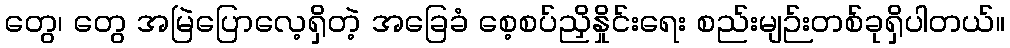
တွေ၊ တွေ အမြဲပြောလေ့ရှိတဲ့ အခြေခံ စေ့စပ်ညှိနှိုင်းရေး စည်းမျဉ်းတစ်ခုရှိပါတယ်။